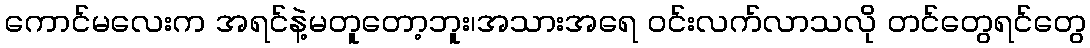
ကောင်မလေးက အရင်နဲ့မတူတော့ဘူး၊အသားအရေ ဝင်းလက်လာသလို တင်တွေရင်တွေ